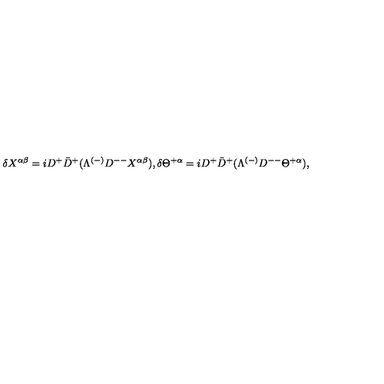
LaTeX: \delta X ^ { \alpha \beta } = i D ^ { + } \bar { D } ^ { + } ( \Lambda ^ { ( - ) } D ^ { -- } X ^ { \alpha \beta } ) , \delta \Theta ^ { + \alpha } = i D ^ { + } \bar { D } ^ { + } ( \Lambda ^ { ( - ) } D ^ { -- } \Theta ^ { + \alpha } ) ,